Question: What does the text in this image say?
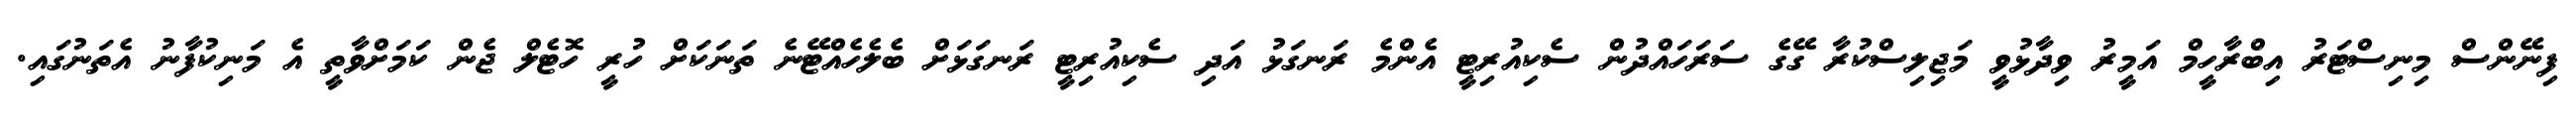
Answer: ފިނޭންސް މިނިސްޓަރު އިބްރާހީމް އަމީރު ވިދާޅުވީ މަޖިލިސްކުރާ ގޭގެ ސަރަހައްދުން ސެކިއުރިޓީ އެންމެ ރަނގަޅު އަދި ސެކިއުރިޓީ ރަނގަޅަށް ބެލެހެއްޓޭނެ ތަނަކަށް ހުރީ ހޮޓެލް ޖެން ކަމަށްވާތީ އެ މަނިކުފާނު އެތަނުގައި.